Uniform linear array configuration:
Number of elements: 64
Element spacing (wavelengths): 0.5
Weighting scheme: blackman
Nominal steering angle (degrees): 45
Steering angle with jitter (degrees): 45.205
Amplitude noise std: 0.05
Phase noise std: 0.05

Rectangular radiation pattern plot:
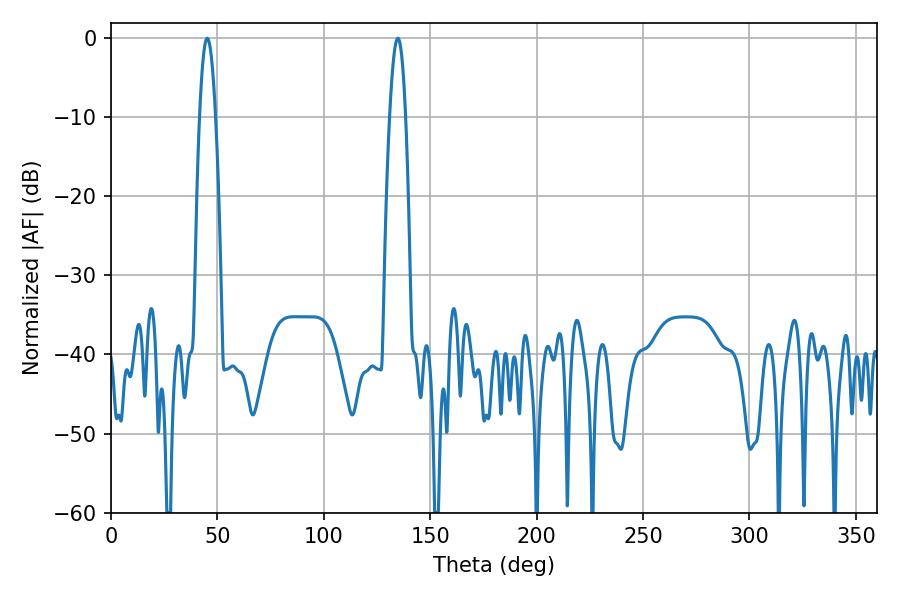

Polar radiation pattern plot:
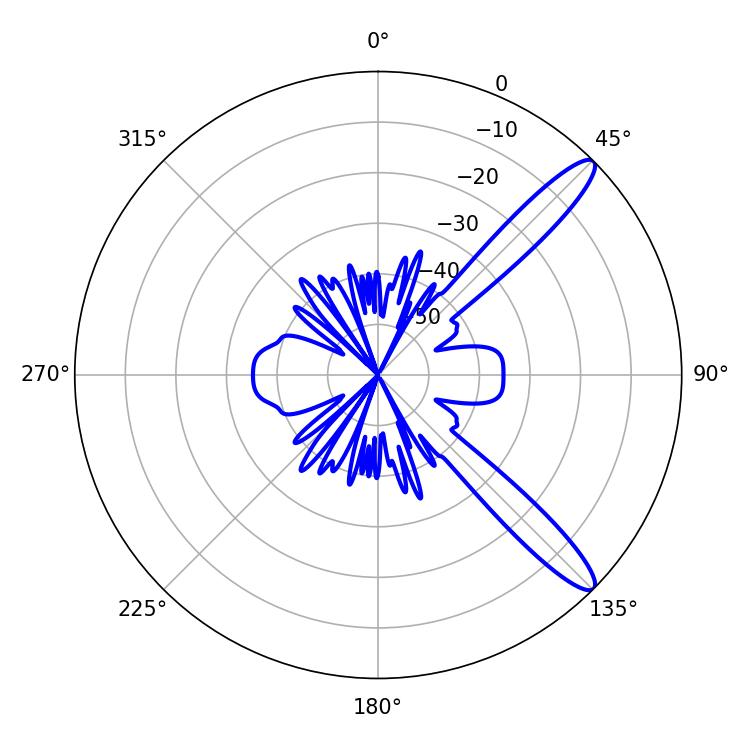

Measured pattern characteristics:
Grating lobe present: FALSE
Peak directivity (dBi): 12.559
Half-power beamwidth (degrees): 4.14
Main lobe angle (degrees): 45.18